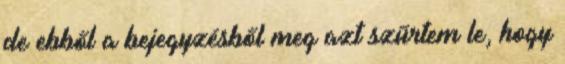
de ebből a bejegyzésből meg azt szűrtem le, hogy